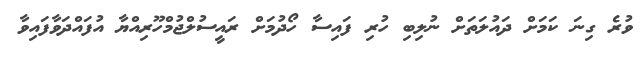
ވުރެ ގިނަ ކަމަށް ދައުލަތަށް ނުލިބި ހުރި ފައިސާ ހޯދުމަށް ރައީސުލްޖުމްހޫރިއްޔާ އުފައްދަވާފައިވާ